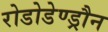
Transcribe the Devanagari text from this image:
रोडोडेण्ड्रौन